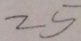
2 5